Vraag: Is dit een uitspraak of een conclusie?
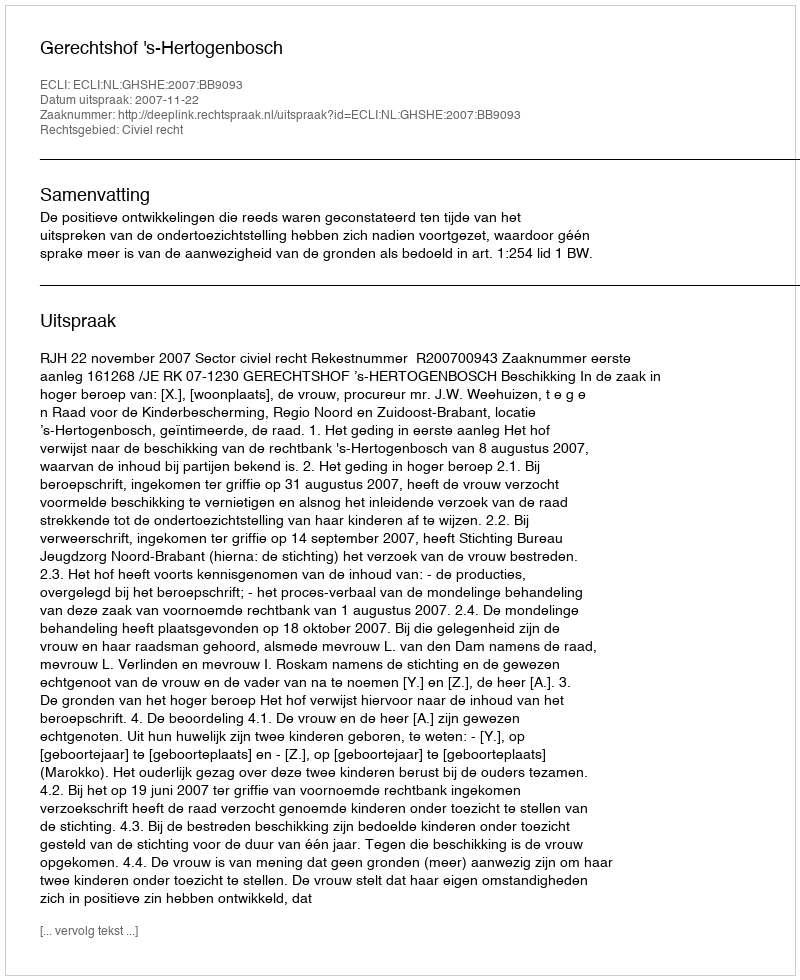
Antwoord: Uitspraak